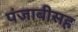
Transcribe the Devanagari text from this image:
पंजाबीसह